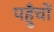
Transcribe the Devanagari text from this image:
पहुँचों